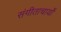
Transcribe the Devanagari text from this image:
संगीताचार्यों